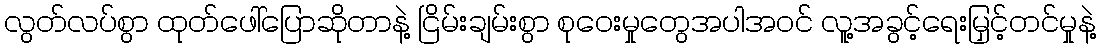
လွတ်လပ်စွာ ထုတ်ဖေါ်ပြောဆိုတာနဲ့ ငြိမ်းချမ်းစွာ စုဝေးမှုတွေအပါအဝင် လူ့အခွင့်ရေးမြှင့်တင်မှုနဲ့